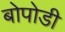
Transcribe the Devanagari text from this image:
बोपोडी